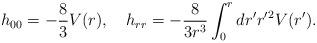
LaTeX: \begin{align*}h_{00}=-{8\over 3} V(r),\quad h_{rr}=-{8\over 3r^3}\int^r_0 dr' r'{}^2 V(r').\end{align*}